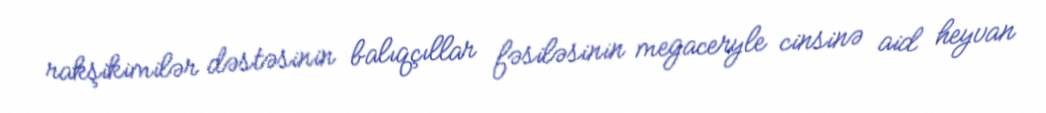
rakşikimilər dəstəsinin balıqçıllar fəsiləsinin megaceryle cinsinə aid heyvan